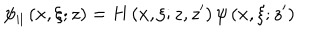
LaTeX: \psi _ { | | } \left( x , \xi ; z \right) = H \left( x , \xi ; z , z ^ { \prime } \right) \psi \left( x , \xi ; z ^ { \prime } \right)